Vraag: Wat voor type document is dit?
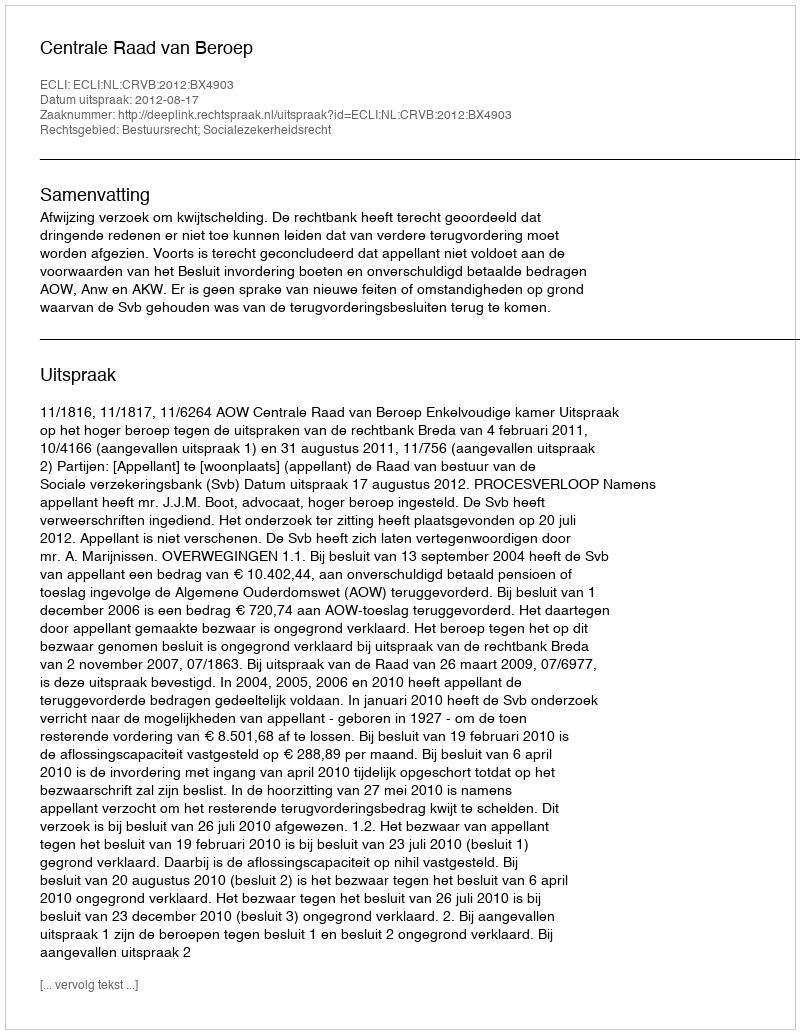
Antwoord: Uitspraak